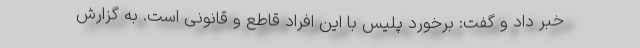
خبر داد و گفت: برخورد پلیس با این افراد قاطع و قانونی است. به گزارش